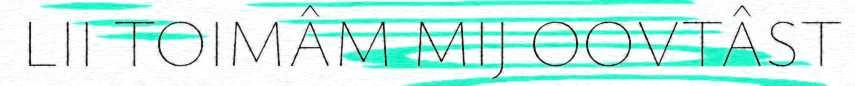
LII TOIMÂM MIJ OOVTÂST